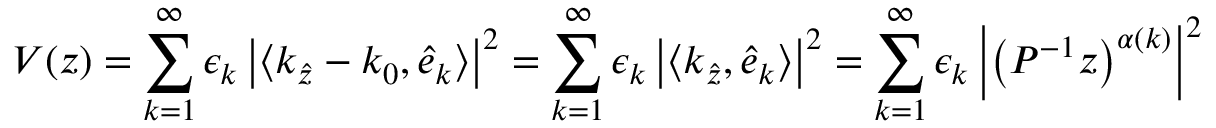
V ( z ) = \sum _ { k = 1 } ^ { \infty } \epsilon _ { k } \left| \left\langle k _ { \widehat { z } } - k _ { 0 } , \widehat { e } _ { k } \right\rangle \right| ^ { 2 } = \sum _ { k = 1 } ^ { \infty } \epsilon _ { k } \left| \left\langle k _ { \widehat { z } } , \widehat { e } _ { k } \right\rangle \right| ^ { 2 } = \sum _ { k = 1 } ^ { \infty } \epsilon _ { k } \left\vert \left( P ^ { - 1 } z \right) ^ { \alpha ( k ) } \right\vert ^ { 2 }